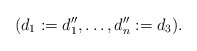
\begin{align*} (d_1:=d_1'', \ldots, d_n'':=d_3).\end{align*}